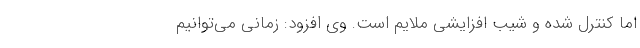
اما کنترل شده و شیب افزایشی ملایم است. وی افزود: زمانی می‌توانیم